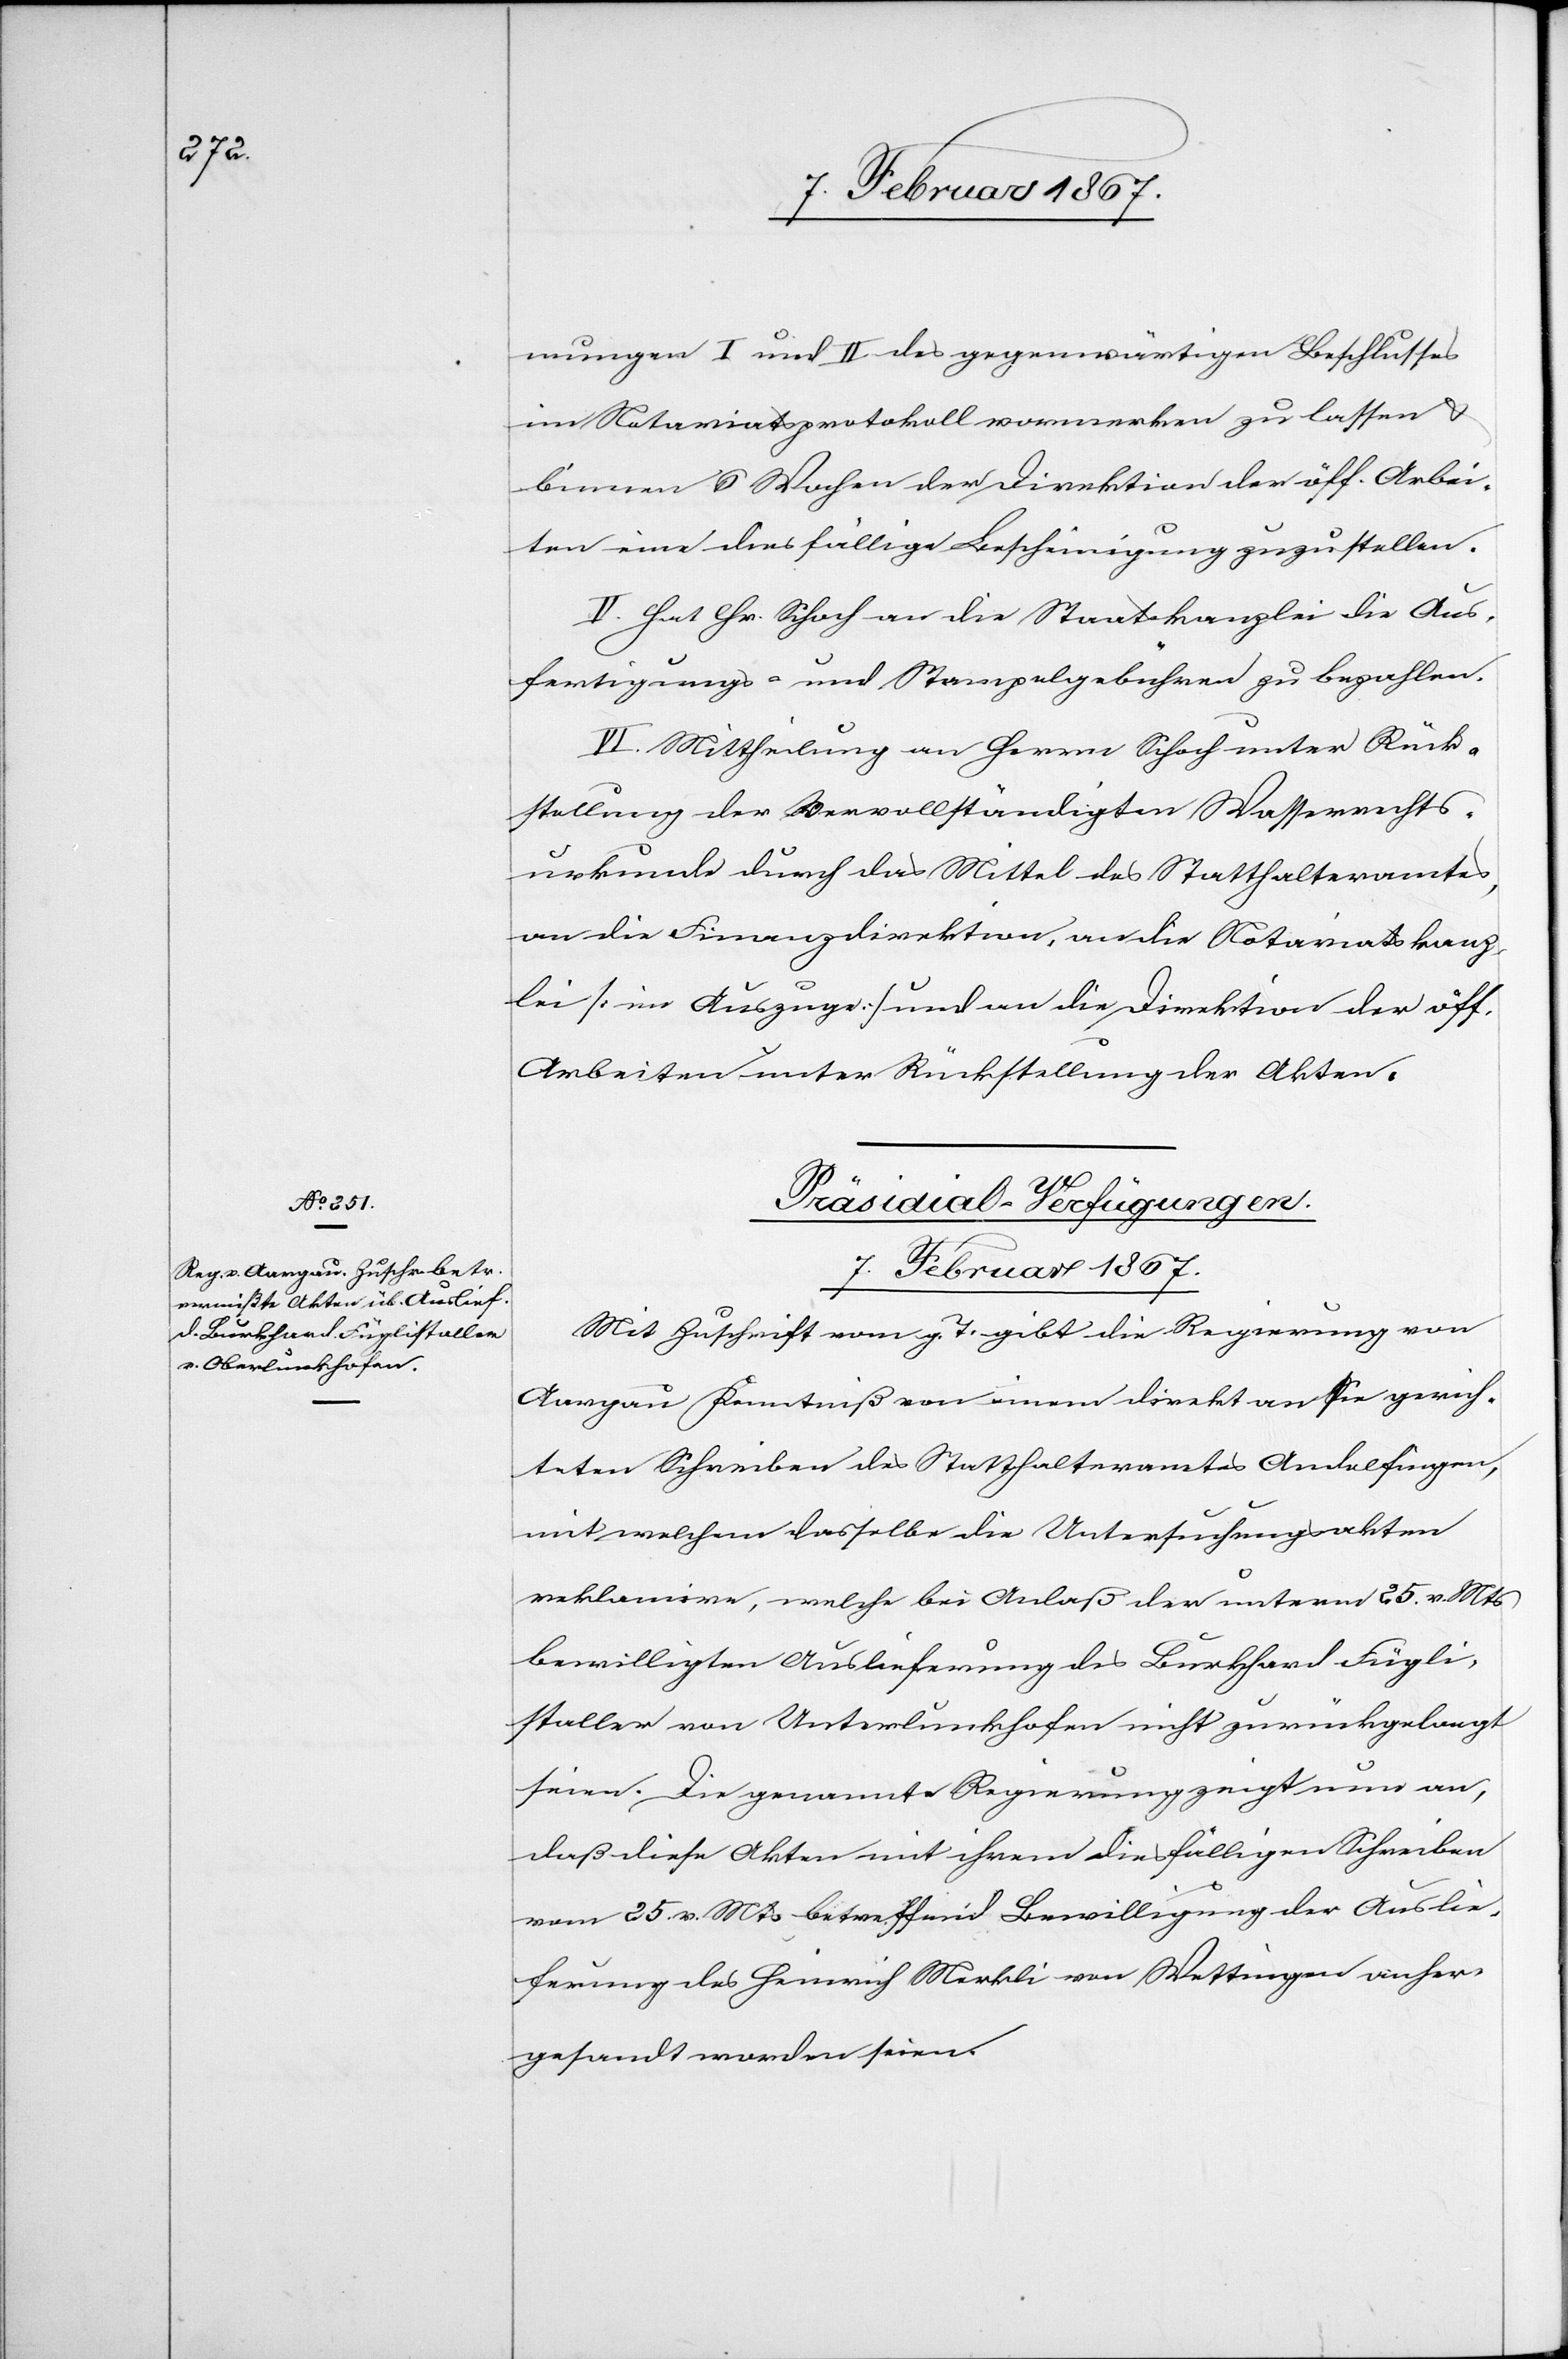
mungen I und II des gegenwärtigen Beschlusses
im Notariatsprotokoll vormerken zu lassen u.
binnen 6 Wochen der Direktion der öff. Arbei¬
ten eine diesfällige Bescheinigung zuzustellen.
V. Hat Hr. Schoch an die Staatskanzlei die Aus¬
fertigungs- und Stempelgebühren zu bezahlen.
VI. Mittheilung an Herrn Schoch unter Rück¬
stellung der vervollständigten Wasserrechts¬
urkunde durch das Mittel des Statthalteramtes,
an die Finanzdirektion, an die Notariatskanz¬
lei [im Auszuge] und an die Direktion der öff.
Arbeiten unter Rückstellung der Akten.
Präsidial-Verfügungen.
7. Februar 1867.
Mit Zuschrift vom g. T. gibt die Regierung von
Aargau Kenntniß von einem direkt an sie gerich¬
teten Schreiben des Statthalteramtes Andelfingen,
mit welchem dasselbe die Untersuchungsakten
reklamire, welche bei Anlaß der unterm 25. v. Mts
bewilligten Auslieferung des Burkhard Fügli¬
staller von Unterlunkhofen [sic] nicht zurückgelangt
seien. Die genannte Regierung zeigt nun an,
daß diese Akten mit ihrem diesfälligen Schreiben
vom 25. v. Mts betreffend Bewilligung der Auslie¬
ferung des Heinrich Merkli von Wettingen anher¬
gesandt worden seien.